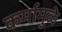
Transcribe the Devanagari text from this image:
कर्मामुळे